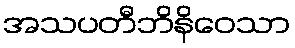
အသပတီဘိနိဝေသာ